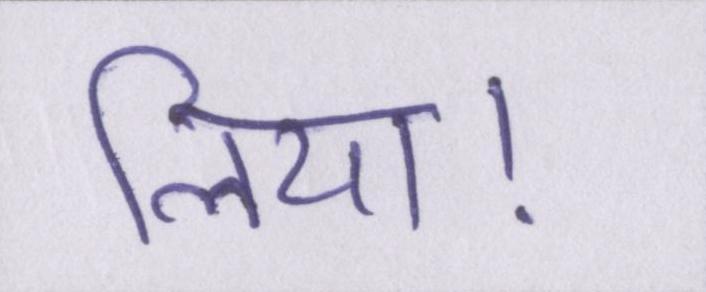
लिया।